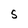
Character: 5